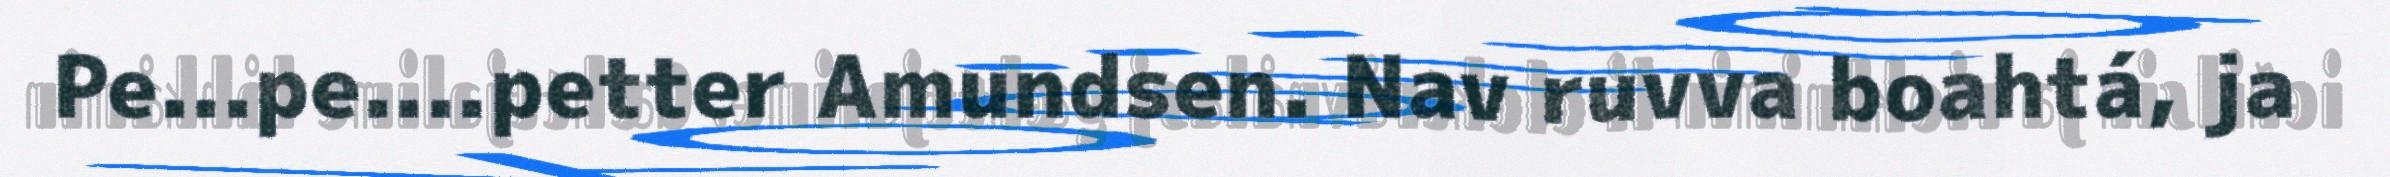
Pe...pe....petter Amundsen. Nav ruvva boahtá, ja